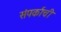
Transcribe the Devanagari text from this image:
संपर्काची